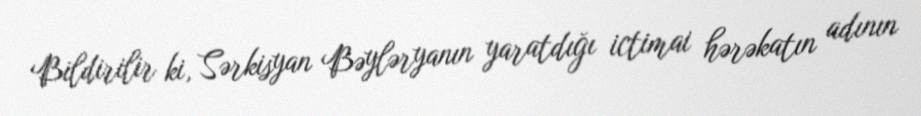
Bildirilir ki, Sərkisyan Bəyləryanın yaratdığı ictimai hərəkatın adının